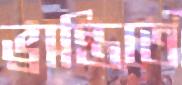
ভ্রান্তিতে